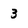
Character: 3